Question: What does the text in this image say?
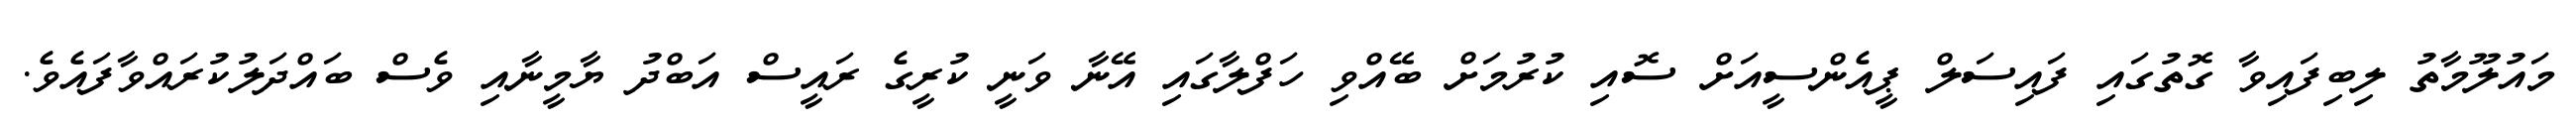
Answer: މައުލޫމާތު ލިބިފައިވާ ގޮތުގައި ފައިސަލް ޕީއެންސީއަށް ސޮއި ކުރުމަށް ބޭއްވި ހަފްލާގައި އޭނާ ވަނީ ކުރީގެ ރައީސް އަބްދު ޔާމީނާއި ވެސް ބައްދަލުކުރައްވާފައެވެ.